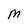
Character: M